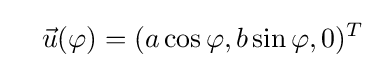
\quad {\vec {u}}(\varphi )=(a\cos \varphi ,b\sin \varphi ,0)^{T}\